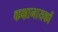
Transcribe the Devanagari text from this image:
कक्षानायकों